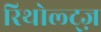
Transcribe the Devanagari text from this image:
रिथोल्ट्ज़